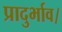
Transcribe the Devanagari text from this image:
प्रादुर्भाव।